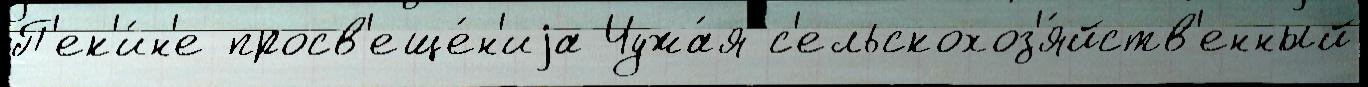
П'ек'и́н'е просв'еще́н'иjа Чужа́я с'ельскохоз'я́йств'енный